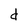
Character: d